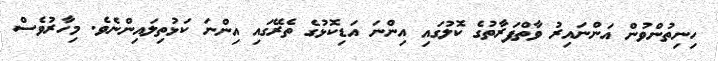
ހިނިތުންވުން އަންނައިރު ވާތްފަރާތުގެ ކޮލުގައި އިންނަ އަޑިކޮޅުގެ ތެރޭގައި އިންނަ ކަޅުތިލައިންނެވެ. މިހާރުވެސް